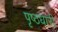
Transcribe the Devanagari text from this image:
पृष्ठधारी